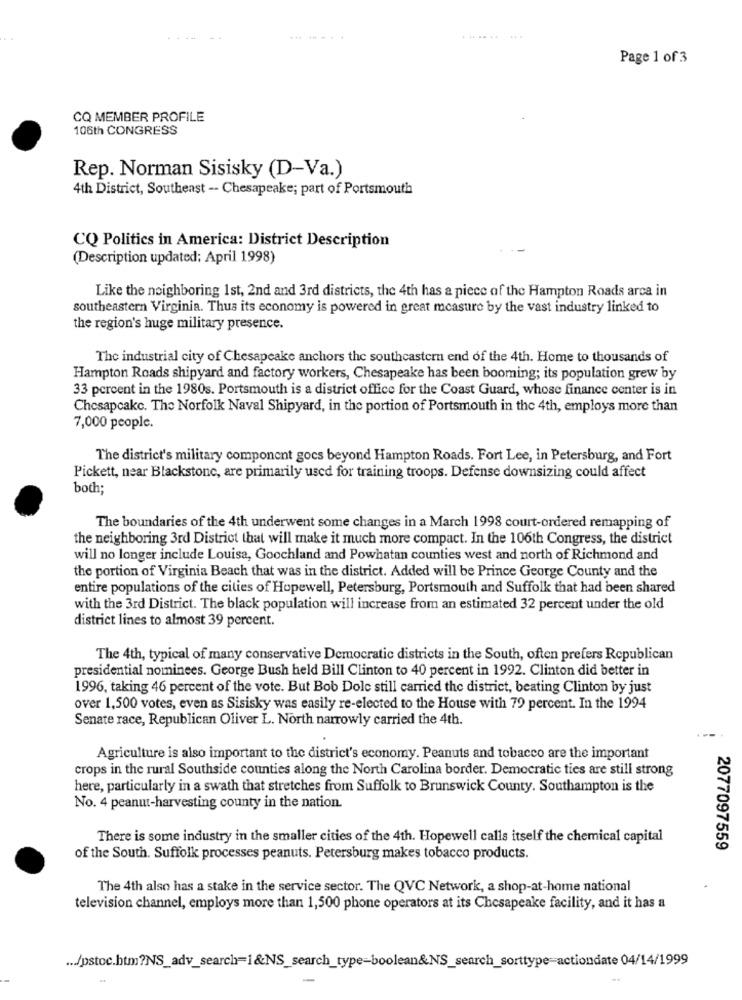
......
Page 1 of 3
CQ MEMBER PROFILE
106th CONGRESS
Rep. Norman Sisisky (D-Va.)
4th District, Southeast - Chesapeake; part of Portsmouth
CQ Politics in America: District Description
(Description updated; April 1998)
Like the neighboring 1st, 2nd and 3rd districts, the 4th has a piece of the Hampton Roads arca in
southeastern Virginia. Thus its economy is powered in great measure by the vast industry linked to
the region's huge military presence.
The industrial city of Chesapeake anchors the southeastern end of the 4th. Home to thousands of
Hampton Roads shipyard and factory workers, Chesapeake has been booming; its population grew by
33 percent in the 1980s. Portsmouth is a district office for the Coast Guard, whose finance center is in
Chesapeake. The Norfolk Naval Shipyard, in the portion of Portsmouth in the 4th, employs more than
7,000 people.
The district's military component goes beyond Hampton Roads. Fort Lee, in Petersburg, and Fort
Pickett, near Blackstone, are primarily used for training troops. Defense downsizing could affect
both;
The boundaries of the 4th underwent some changes in a March 1998 court-ordered remapping of
the neighboring 3rd District that will make it much more compact. In the 106th Congress, the district
will no longer include Louisa, Goochland and Powhatan counties west and north of Richmond and
the portion of Virginia Beach that was in the district. Added will be Prince George County and the
entire populations of the cities of Hopewell, Petersburg, Portsmouth and Suffolk that had been shared
with the 3rd District. The black population will increase from an estimated 32 percent under the old
district lines to almost 39 percent.
The 4th, typical of many conservative Democratic districts in the South, often prefers Republican
presidential nominees. George Bush held Bill Clinton to 40 percent in 1992. Clinton did better in
1996, taking 46 percent of the vote. But Bob Dole still carried the district, beating Clinton by just
over 1,500 votes, even as Sisisky was easily re-elected to the House with 79 percent. In the 1994
Senate race, Republican Oliver L. North narrowly carried the 4th.
Agriculture is also important to the district's economy. Peanuts and tobacco are the important
crops in the rural Southside counties along the North Carolina border. Democratic ties are still strong
here, particularly in a swath that stretches from Suffolk to Brunswick County. Southampton is the
No. 4 peanut-harvesting county in the nation.
There is some industry in the smaller cities of the 4th. Hopewell calls itself the chemical capital
2077097559
of the South. Suffolk processes peanuts. Petersburg makes tobacco products.
The 4th also has a stake in the service sector. The QVC Network, a shop-at-home national
television channel, employs more than 1,500 phone operators at its Chesapeake facility, and it has a
... /pstoc.htm?NS_adv_search=1&NS_search_type-boolean&NS_search_sorttype-actiondate 04/14/1999